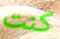
كنت